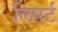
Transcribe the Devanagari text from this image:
लिपर्ट